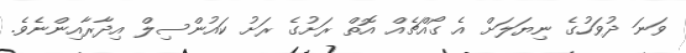
ވަނަ ދުވަހުގެ ނިޔަލަށް އެ ގޯއްޗެއް އޮތް ރަށުގެ ރަށު ކައުންސިލް އިދާރާއިންނެވެ.